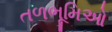
તળભૂમિઓ